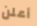
أعلن